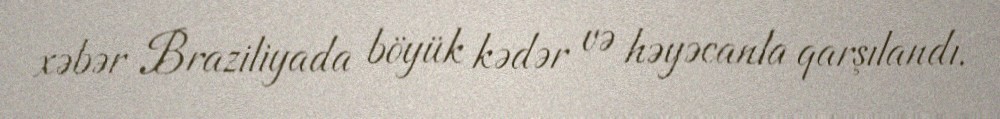
xəbər Braziliyada böyük kədər və həyəcanla qarşılandı.